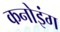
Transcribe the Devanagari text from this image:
कनोइंग